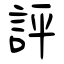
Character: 評